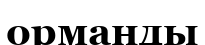
орманды